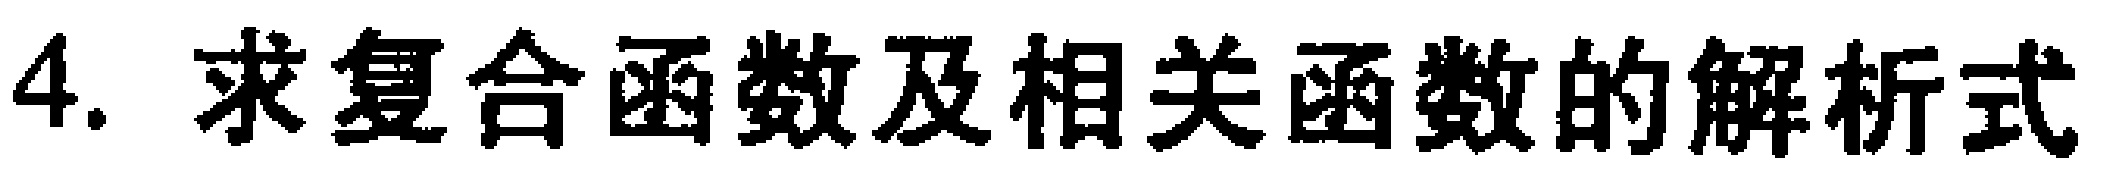
4. 求复合函数及相关函数的解析式